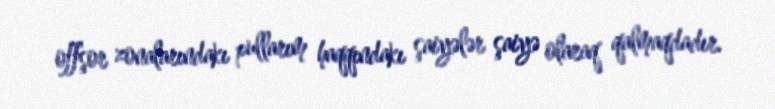
offşor zonalarındakı pullarım haqqındakı şaiyələr şaiyə olaraq qalmaqdadır.